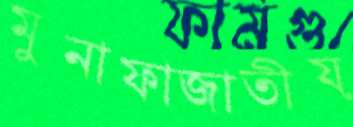
মুনাফাজাতীয়